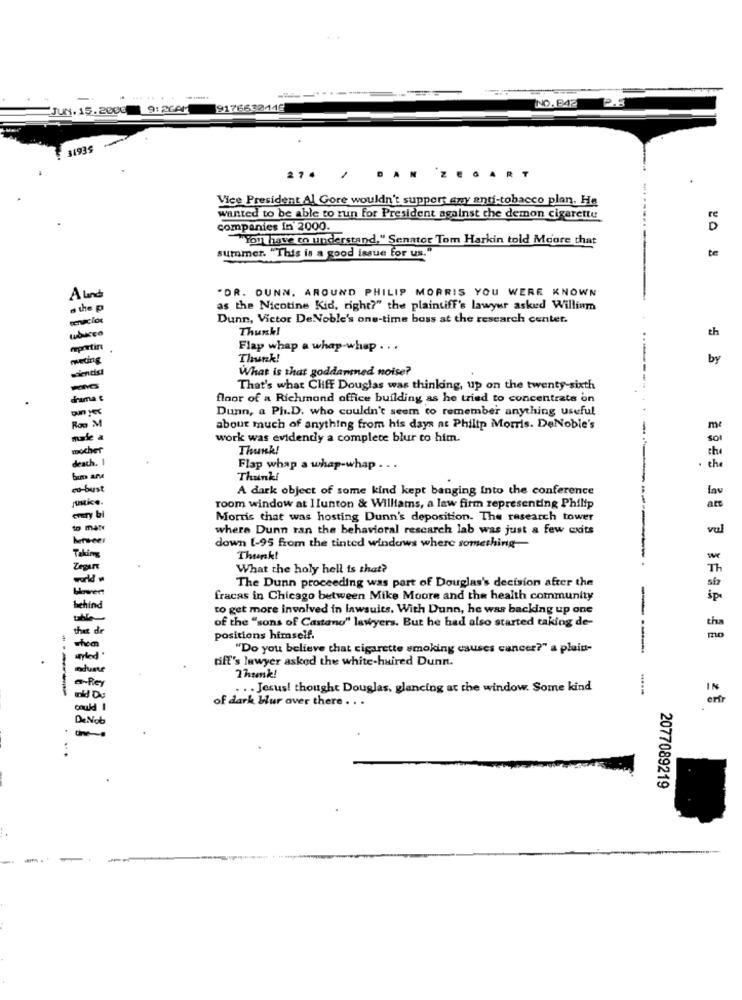
NO.P42
JUN. 15. 2006
9:26AM
9176630446
31935
2.
270
.
IGART
Vice President Al Gore wouldn't support any anti-tobacco plan, Ha
wanted to be able to run for President against the demon cigarette
re
companies in 2000.
D
"ion have to understand," Senator Tom Harkin told Moore that
te
summer. "This is a good issue for us."
"DR. DUNN. AROUND PHILIP MORRIS YOU WERE KNOWN
A lund
the p
as the Nicotine Kid, right?" the plaintiff's lawyer asked William
Dunn, Victor DeNoble's one-time boss at the research center.
Thunk!
th
reportin
Flap whap a whap-whap . . .
weding
Thunk!
by
What is that goddamned noise?
That's what Chiff Douglas was thinking, up on the twenty-sixth
floor of a Richmond office building as he tried to concentrate on
Dunn, a Ph.D. who couldn't seem to remember anything useful
Row M
about much of anything from his days at Philip Morris. DeNoble's
-
m
sale :
work was evidently a complete blur to him.
So
-scher
Thunk!
che
death. 1
Flap whap a whap-whap . ..
. the
Thank!
A dark object of some kind kept banging into the conference
lav
ustice.
---
room window at Ilunton & Williams, a law firm representing Philip
att
Morris that was hosting Dunn's deposition. The research tower
where Dunn ran the behavioral rescarch lab was just a few cuits
vul
bursee
down 1-95 from the tinted windows where something-
Taking
Thunkt
-
we
Zegar
What the holy hell is that?
Th
The Dunn proceeding was part of Douglas's decision after the
fracas in Chicago between Mike Moore and the health community
behind
to get more involved in lawsuits. With Dunn, he was backing up one
of the "sons of Castano" lawyers. But he had also started taking de-
the de
positions himself.
mo
"Do you believe that cigarette smoking causes cancer?" a plein-
---
biff's lawyer asked the white-haired Dunn.
7hamk!
. .. Jesus! thought Douglas, glancing at the window. Some kind
could
of dark blur aver there . . .
De Not
..
2077089219